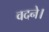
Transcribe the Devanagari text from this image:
वदने।